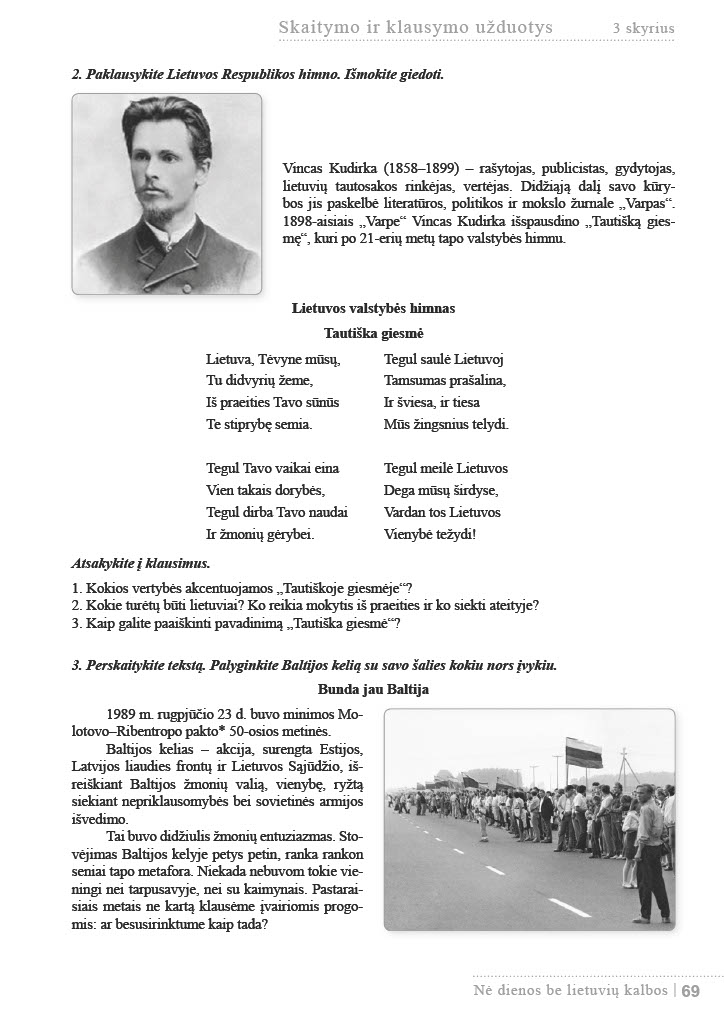
Language: lt